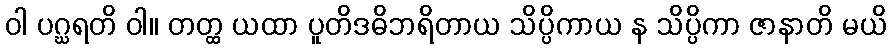
ဝါ ပဂ္ဃရတိ ဝါ။ တတ္ထ ယထာ ပူတိဒဓိဘရိတာယ သိပ္ပိကာယ န သိပ္ပိကာ ဇာနာတိ မယိ